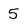
Character: 5